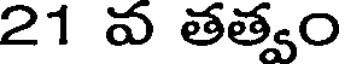
21 వ తత్వం